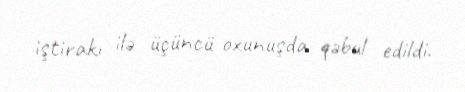
iştirakı ilə üçüncü oxunuşda qəbul edildi.